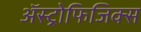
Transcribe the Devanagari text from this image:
ॲस्ट्रोफिजिक्स